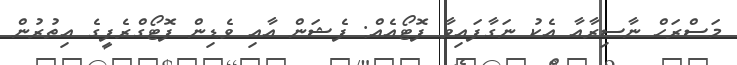
މަސްރަހް ނާސިރާއާ އެކު ނަގާފައިވާ ފޮޓޯއެއް: ފެޝަން އާއި ވެޑިން ފޮޓޯގްރެފީގެ އިތުރުން